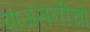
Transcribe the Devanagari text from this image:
वाजसनीचा